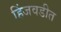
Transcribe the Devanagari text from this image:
हिंजवडीत